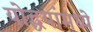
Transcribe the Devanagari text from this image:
योद्धयांमध्ये